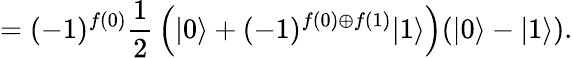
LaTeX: =(-1)^{f(0)}{\frac{1}{2}}\left(|0\rangle+(-1)^{f(0)\oplus f(1)}|1\rangle\right)(|0\rangle-|1\rangle).